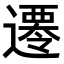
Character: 𨗇